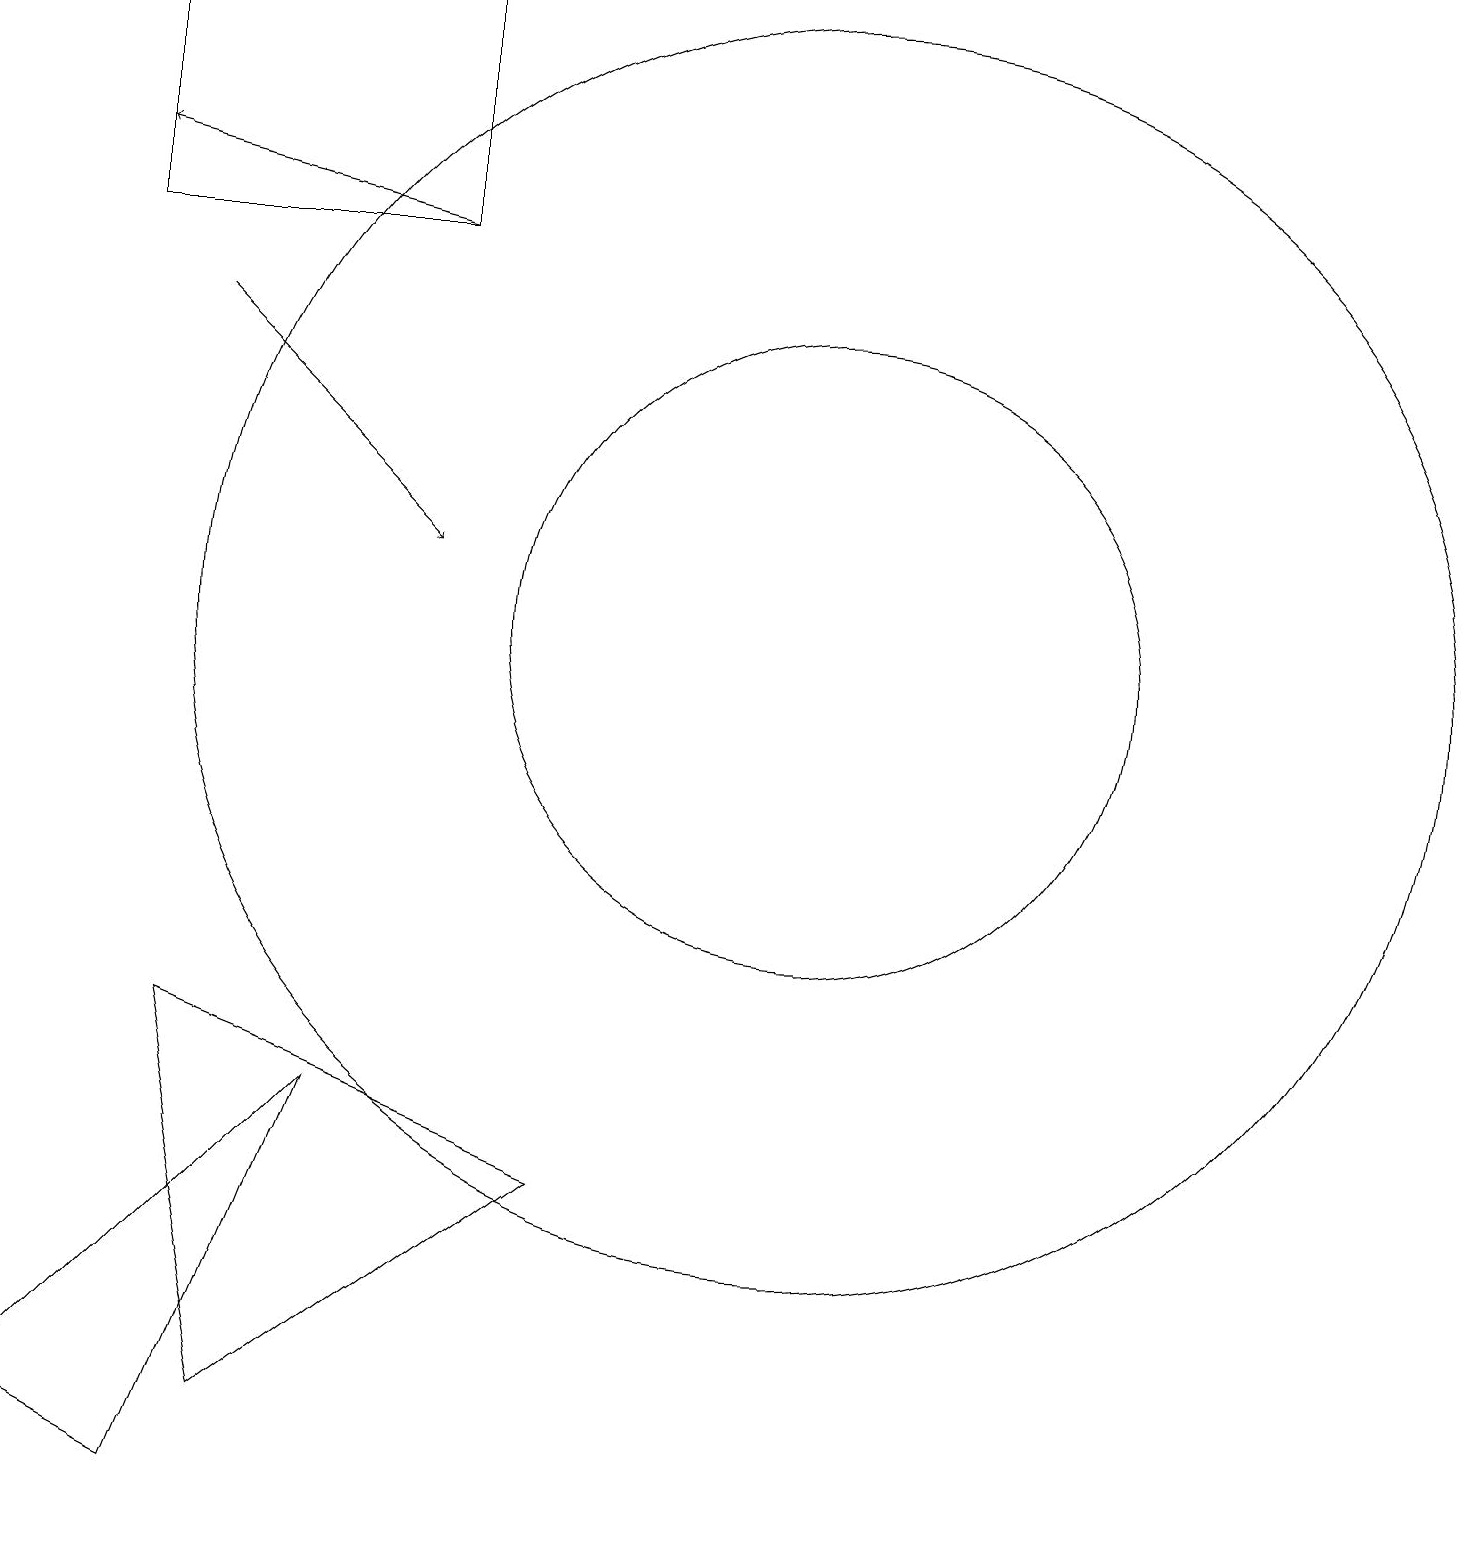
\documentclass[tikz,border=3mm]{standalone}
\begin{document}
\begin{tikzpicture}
\draw (8,4) -- (4,1) -- (3,6) -- cycle;
\draw[->] (3,15) -- (6,12);
\draw (11,11) circle (8);
\draw (6,16) rectangle (2,19);
\draw (11,11) circle (4);
\draw (1,1) -- (5,5) -- (3,0) -- cycle;
\draw[->] (6,16) -- (2,17);
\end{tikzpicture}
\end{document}